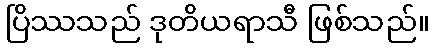
ပြိဿသည် ဒုတိယရာသီ ဖြစ်သည်။